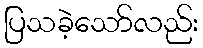
ပြသခဲ့သော်လည်း